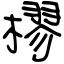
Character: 樛